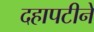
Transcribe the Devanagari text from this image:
दहापटीने